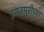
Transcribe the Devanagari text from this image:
इगतपुरीच्या